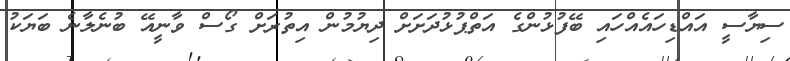
ސިޔާސީ އައްޑިހައެއްހައި ބޭފުޅުންގެ އަތްޕުޅުދަށަށް ދިޔުމުން އިތުރަށް ގޯސް ވާނީއޭ ބުނެލާނެ ބަޔަކު